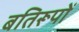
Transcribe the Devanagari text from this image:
बतिरूपों